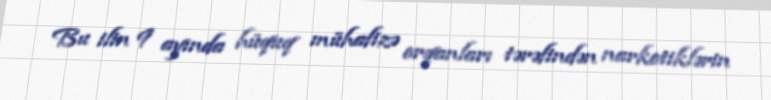
Bu ilin 9 ayında hüquq mühafizə orqanları tərəfindən narkotiklərin